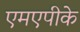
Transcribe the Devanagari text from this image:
एमएपीके